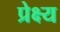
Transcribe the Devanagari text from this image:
प्रेक्ष्य